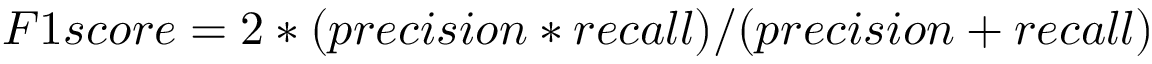
F 1 s c o r e = 2 * ( p r e c i s i o n * r e c a l l ) / ( p r e c i s i o n + r e c a l l )